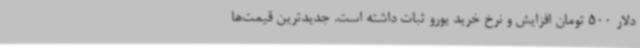
دلار 500 تومان افزایش و نرخ خرید یورو ثبات داشته است. جدیدترین قیمت‌ها